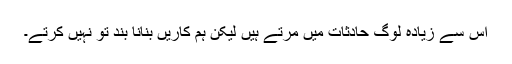
اس سے زیادہ لوگ حادثات میں مرتے ہیں لیکن ہم کاریں بنانا بند تو نہیں کرتے۔